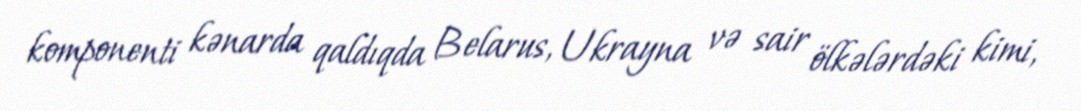
komponenti kənarda qaldıqda Belarus, Ukrayna və sair ölkələrdəki kimi,